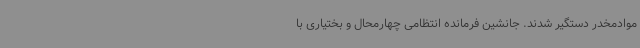
موادمخدر دستگیر شدند. جانشین فرمانده انتظامی چهارمحال و بختیاری با